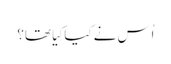
‏ اُس نے کیا کِیا تھا؟